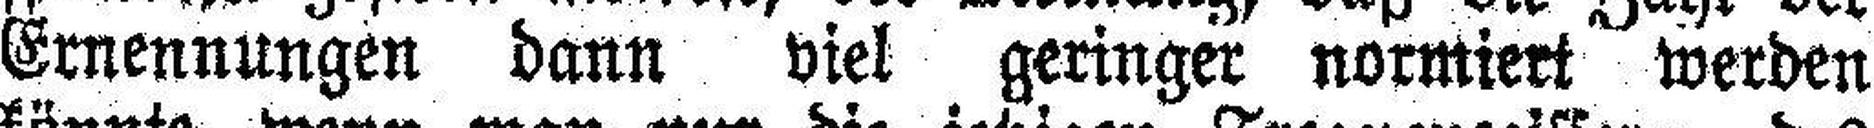
Ernennungen dann viel geringer normiert werden